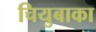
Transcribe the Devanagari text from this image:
चियुबाका